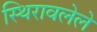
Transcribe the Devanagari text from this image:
स्थिरावलेले